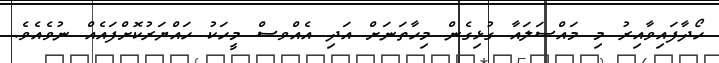
ހޯދާފައިވާއިރު މި މައްސަލައާ ގުޅިގެން މިހާތަނަށް އަދި އެއްވސް މީހަކު ހައްޔަރުކޮށްފައެއް ނުވެއެވެ.